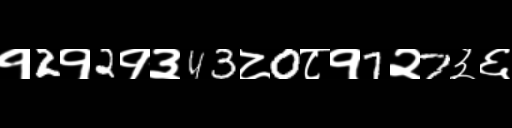
Text: १2१2१३43८0८१7२7३६